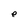
Character: e